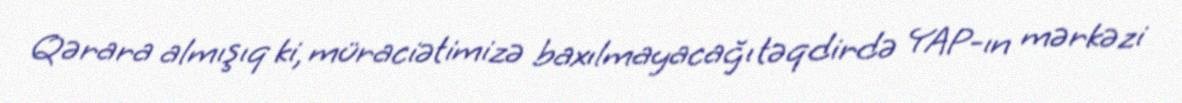
Qərara almışıq ki, müraciətimizə baxılmayacağı təqdirdə YAP-ın mərkəzi